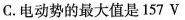
C.电动势的最大值是157 V